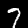
Digit: 7